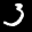
Label: 3